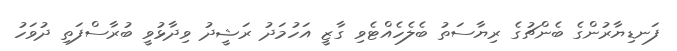
ފަނޑިޔާރުންގެ ބެންޗުގެ ރިޔާސަތު ބެލެހެއްޓެވި ގާޒީ އަހުމަދު ރަޝީދު ވިދާޅުވީ ބުރާސްފަތި ދުވަހު